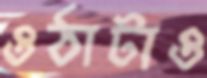
ওঠাটাও